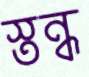
স্তন্ধ